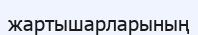
жартышарларының